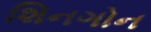
શિનગોન